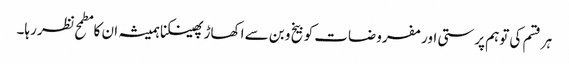
ہر قسم کی توہم پرستی اور مفروضات کو بیخ و بن سے اکھاڑ پھینکنا ہمیشہ ان کا مطمح نظر رہا۔